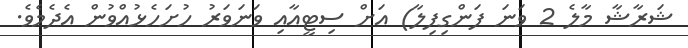
ޝަރާޝާ މާލެ 2 ވަނަ ފަންގިފިލާ) އަށް ސިޓީއާއި ވަނަވަރު ހުށަހެޅުއްވުން އެދެމެވެ.